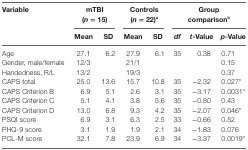
<table><thead><tr><td rowspan="2"><b>Variable</b></td><td colspan="2"><b>mTBI (<i>n</i> = 15)</b></td><td colspan="2"><b>Controls (<i>n</i> = 22)<sup>a</sup></b></td><td colspan="3"><b>Group comparison<sup>b</sup></b></td></tr><tr><td><b>Mean</b></td><td><b>SD</b></td><td><b>Mean</b></td><td><b>SD</b></td><td><b><i>df</i></b></td><td><b><i>t</i>-Value</b></td><td><b><i>p</i>-Value</b></td></tr></thead><tbody><tr><td>Age</td><td>27.1</td><td>6.2</td><td>27.9</td><td>6.1</td><td>35</td><td>0.38</td><td>0.71</td></tr><tr><td>Gender, male/female</td><td>12/3</td><td></td><td>21/1</td><td></td><td></td><td></td><td>0.15</td></tr><tr><td>Handedness, R/L</td><td>13/2</td><td></td><td>19/3</td><td></td><td></td><td></td><td>0.37</td></tr><tr><td>CAPS total</td><td>25.0</td><td>13.6</td><td>15.7</td><td>10.8</td><td>35</td><td>−2.32</td><td>0.027*</td></tr><tr><td>CAPS Criterion B</td><td>6.9</td><td>5.1</td><td>2.6</td><td>3.1</td><td>35</td><td>−3.17</td><td>0.0031*</td></tr><tr><td>CAPS Criterion C</td><td>5.1</td><td>4.1</td><td>3.8</td><td>5.6</td><td>35</td><td>−0.80</td><td>0.43</td></tr><tr><td>CAPS Criterion D</td><td>13.0</td><td>6.8</td><td>9.3</td><td>4.2</td><td>35</td><td>−2.07</td><td>0.046*</td></tr><tr><td>PSQI score</td><td>6.9</td><td>3.1</td><td>6.3</td><td>2.5</td><td>33</td><td>−0.66</td><td>0.52</td></tr><tr><td>PHQ-9 score</td><td>3.1</td><td>1.9</td><td>1.9</td><td>2.1</td><td>34</td><td>−1.83</td><td>0.076</td></tr><tr><td>PCL-M score</td><td>32.1</td><td>7.8</td><td>23.9</td><td>6.9</td><td>34</td><td>−3.37</td><td>0.0019*</td></tr></tbody></table>